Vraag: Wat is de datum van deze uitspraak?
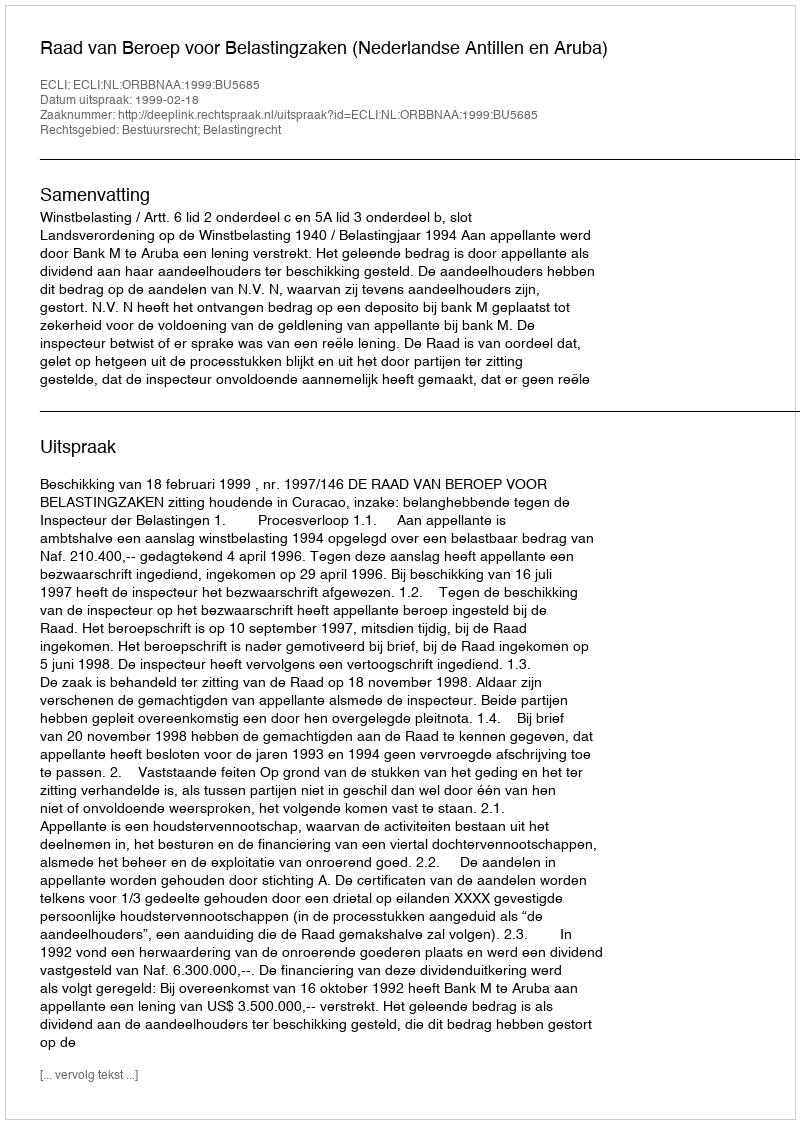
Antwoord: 1999-02-18